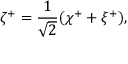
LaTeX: \zeta ^ { + } = \frac { 1 } { \sqrt { 2 } } ( \chi ^ { + } + \xi ^ { + } ) ,